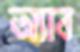
অ্যাব